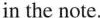
in the note.